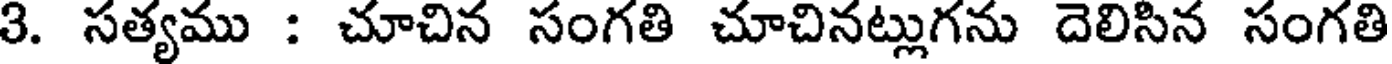
3. సత్యము : చూచిన సంగతి చూచినట్లుగను దెలిసిన సంగతి